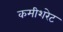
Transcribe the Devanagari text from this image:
कमीशरेट